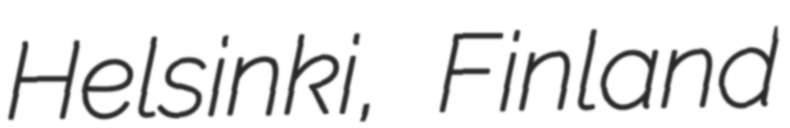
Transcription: Helsinki, Finland